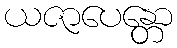
ယဇာပေန္တော